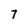
Character: 7